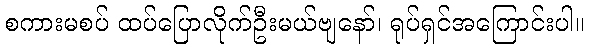
စကားမစပ် ထပ်ပြောလိုက်ဦးမယ်ဗျနော်၊ ရုပ်ရှင်အကြောင်းပါ။